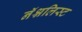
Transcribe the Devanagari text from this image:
नॅश्नलिस्ट